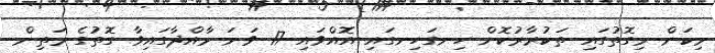
މިކަން މިގޮތުގައި ތަކުރާރުކޮށް ހިނގަހިނގައި އޮއްވައި 17 ވަނަ މާއްދާގައިވާ ގޮތުގެ މަތިން